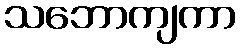
သဘောကျကာ